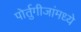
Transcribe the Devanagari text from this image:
पोर्तुगीजांमध्ये